画像に写った文字を読んでください
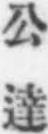
「公達」と書いてあります